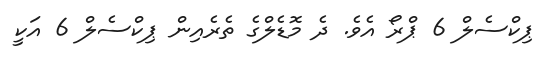
ޕިކްސެލް 6 ޕްރޯ އެވެ. ދެ މޮޑެލްގެ ތެރެއިން ޕިކްސެލް 6 އަކީ